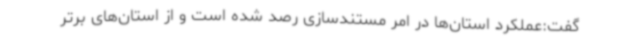
گفت:عملکرد استان‌ها در امر مستندسازی رصد شده است و از استان‌های برتر